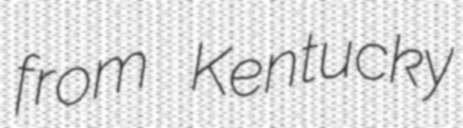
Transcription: from Kentucky